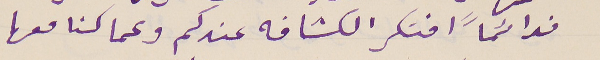
فدائماً افتكر الكشافه عندكم وعما كنا معها